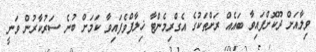
ވިލާއަށް ދޫކޮށްފައިވާ ބައެއް ރަށްތަކުގެ އެގްރިމެންޓާ ޚިލާފްވެފައިވާ ކަމަށް ބުނެ ސަރުކާރުން ވަނީ